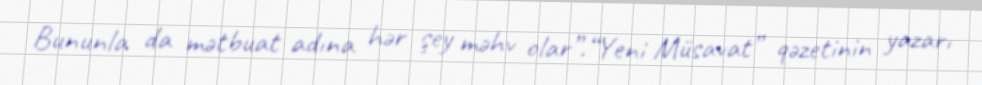
Bununla da mətbuat adına hər şey məhv olar”.“Yeni Müsavat” qəzetinin yazarı